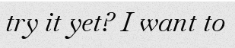
try it yet? I want to